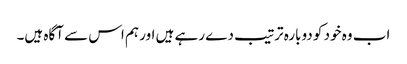
اب وہ خود کو دوبارہ ترتیب دے رہے ہیں اور ہم اس سے آگاہ ہیں۔